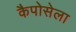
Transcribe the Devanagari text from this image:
कैपोसेला